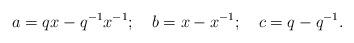
LaTeX: \begin{align*}a=qx-q^{-1}x^{-1}; \ \ \ b=x-x^{-1}; \ \ \ c=q-q^{-1}.\end{align*}